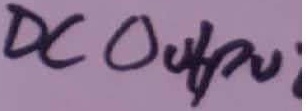
Text: DCOUTPUT